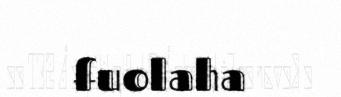
fuolaha